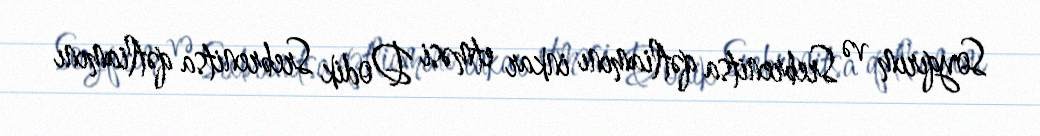
Soyqırım və Srebrenitsa qətliamını inkar etməsi Dodik Srebrenitsa qətliamını